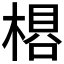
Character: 𬃽